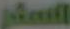
السفر